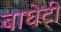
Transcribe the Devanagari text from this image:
बाघेटी